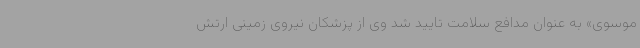
موسوی» به عنوان مدافع سلامت تایید شد وی از پزشکان نیروی زمینی ارتش